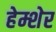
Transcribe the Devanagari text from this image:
हेम्शेर